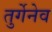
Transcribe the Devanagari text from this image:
तुर्गेनेव